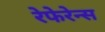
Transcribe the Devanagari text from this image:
रेफेरेन्स